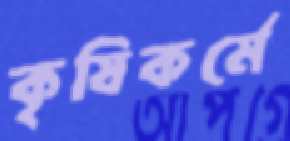
কৃষিকর্মে